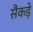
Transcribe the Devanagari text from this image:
सैंकड़े